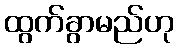
ထွက်ခွာမည်ဟု